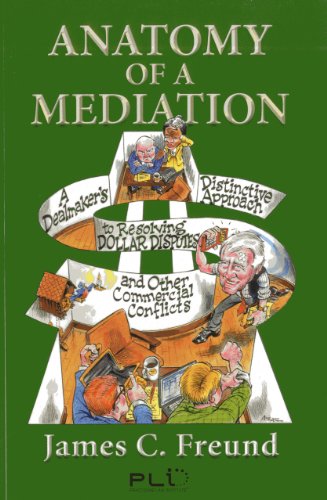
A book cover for Anatomy of a Mediation: A Dealmaker's Distinctive Approach to Resolving Dollar Disputes and Other Commercial Conflicts; James C. Freund; Law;